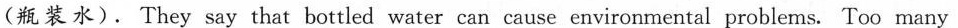
(瓶装水). They say that bottled water can cause environmental problems. Too many